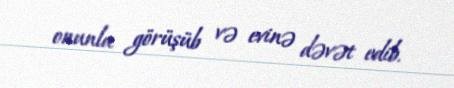
onunla görüşüb və evinə dəvət edib.